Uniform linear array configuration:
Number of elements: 12
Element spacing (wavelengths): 0.75
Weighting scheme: uniform
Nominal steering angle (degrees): -45
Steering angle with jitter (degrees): -45.836
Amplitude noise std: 0.05
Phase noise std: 0.05

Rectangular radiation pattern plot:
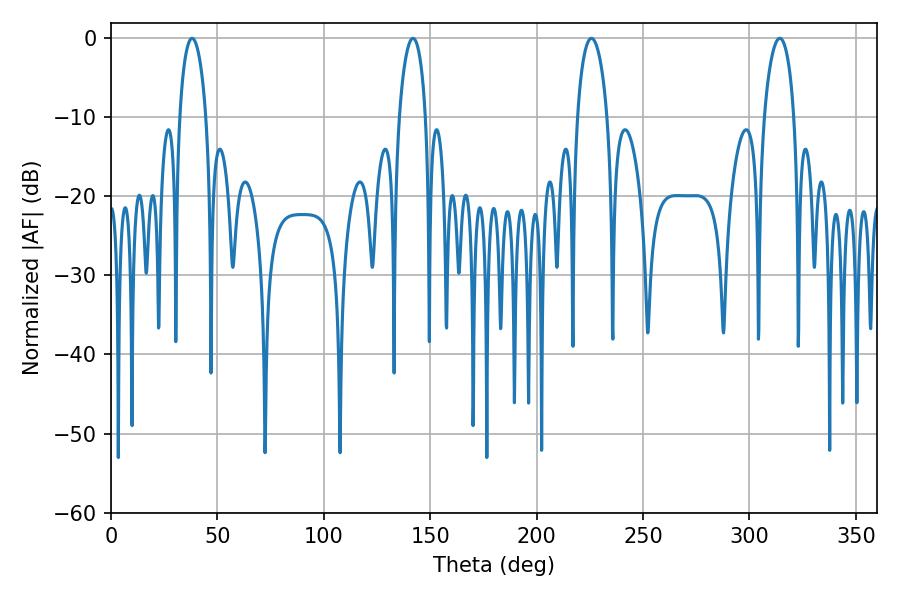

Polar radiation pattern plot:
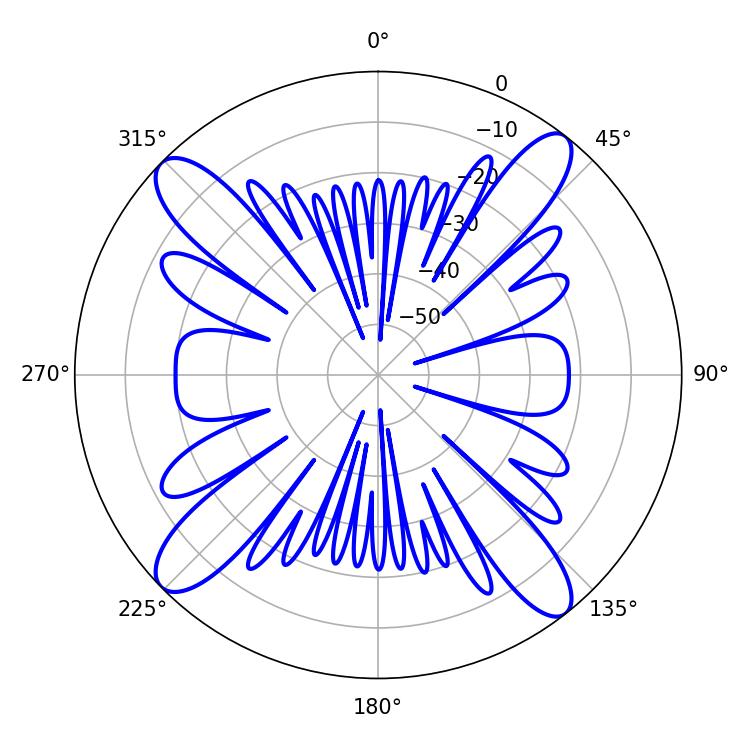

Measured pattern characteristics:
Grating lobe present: TRUE
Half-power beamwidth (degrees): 7.92
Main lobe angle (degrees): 225.72